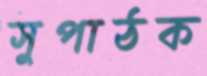
সুপাঠক